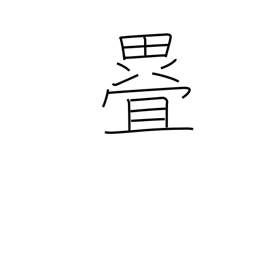
Meaning: fold